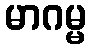
မာဂမ္မ